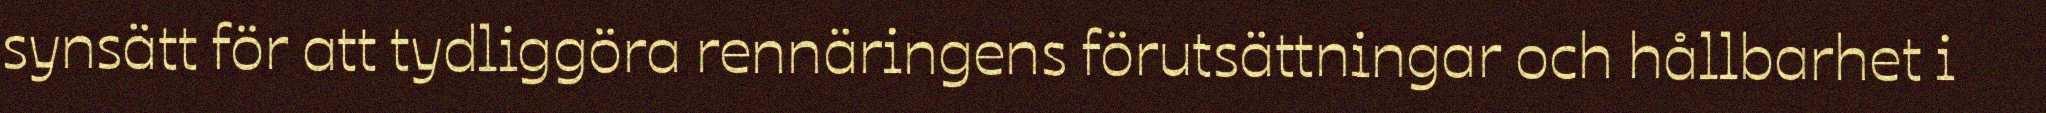
synsätt för att tydliggöra rennäringens förutsättningar och hållbarhet i